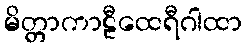
မိတ္တာကာဠီထေရီဂါထာ